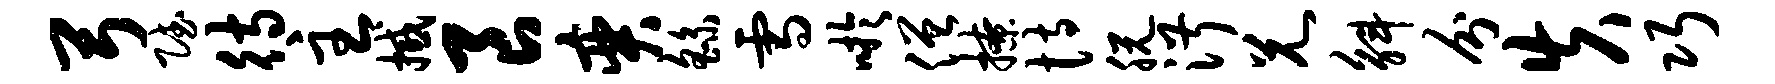
弓赋待主撼良奕繇雪吁僧撩恃脱淑兄斛分失巧